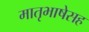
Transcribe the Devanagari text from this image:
मातृभाषेसह